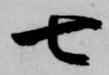
七